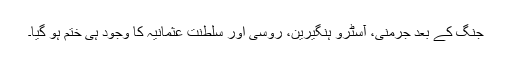
جنگ کے بعد جرمنی، آسٹرو ہنگیرین، روسی اور سلطنت عثمانیہ کا وجود ہی ختم ہو گیا۔